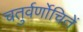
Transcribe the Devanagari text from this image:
चतुर्वर्णोचितें